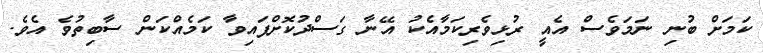
ކަމަށް ބުނި ނަމަވެސް އެއީ ރުޅިވެރިކަމާއެކު އޭނާ ގަސްދުކޮށްފައިވާ ކަމެއްކަން ސާބިތުވެ އެވެ.